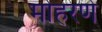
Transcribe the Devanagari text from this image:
मोहरणे